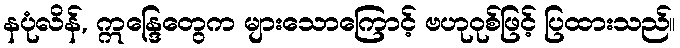
နပုံလိန်, ဣန္ဒြေတွေက များသောကြောင့် ဗဟုဝုစ်ဖြင့် ပြထားသည်။